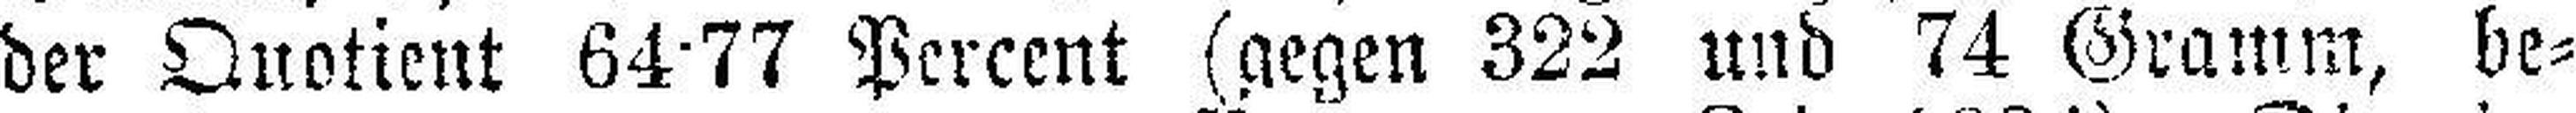
der Quotient 64·77 Percent (gegen 322 und 74 Gramm, be¬